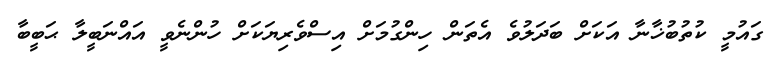
ގައުމީ ކުތުބުޚާނާ އަކަށް ބަދަލުވެ އެތަން ހިންގުމަށް އިސްވެރިޔަކަށް ހުންނެވީ އައްނަބީލާ ޙަބީބާ